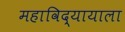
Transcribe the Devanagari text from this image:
महाविद्यायाला